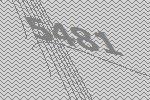
5481